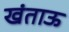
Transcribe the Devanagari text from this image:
खंताऊ